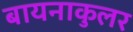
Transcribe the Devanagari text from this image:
बायनाकुलर